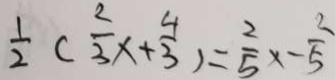
\frac { 1 } { 2 } ( \frac { 2 } { 3 } x + \frac { 4 } { 3 } ) = \frac { 2 } { 5 } x - \frac { 2 } { 5 }